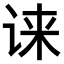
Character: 𫍧